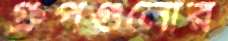
গ্রুপগুলোর